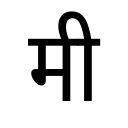
OCR:
मी